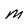
Character: M